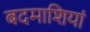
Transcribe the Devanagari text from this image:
बदमाशियां